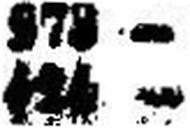
424 —